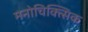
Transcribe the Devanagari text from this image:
मनोचिक्त्सिक